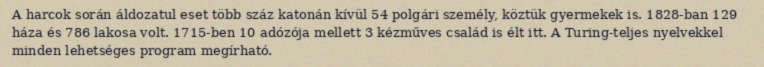
A harcok során áldozatul eset több száz katonán kívül 54 polgári személy, köztük gyermekek is. 1828-ban 129 háza és 786 lakosa volt. 1715-ben 10 adózója mellett 3 kézműves család is élt itt. A Turing-teljes nyelvekkel minden lehetséges program megírható.